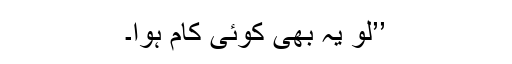
’’لو یہ بھی کوئی کام ہوا۔